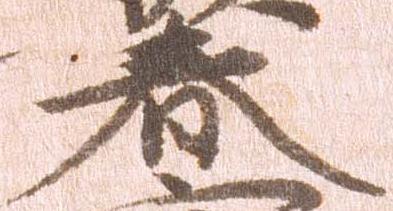
春